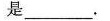
是___.